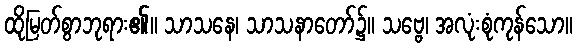
ထိုမြတ်စွာဘုရား၏။ သာသနေ၊ သာသနာတော်၌။ သဗ္ဗေ၊ အလုံးစုံကုန်သော။